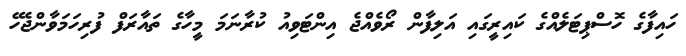
ހައިފާގެ ހޮސްޕިޓަލެއްގެ ކައިރީގައި އަލިފާން ރޯވެއްޖެ އިންޓަވިއު ކުރާނަމަ މީހާގެ ތައާރަފް ފުރިހަމަވާންޖެހޭ